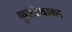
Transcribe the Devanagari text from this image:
फुलोऱ्याला